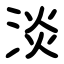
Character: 淡